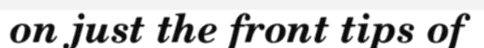
on just the front tips of